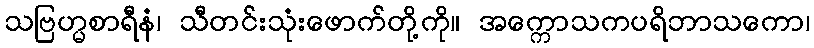
သဗြဟ္မစာရီနံ၊ သီတင်းသုံးဖောက်တို့ကို။ အက္ကောသကပရိဘာသကော၊